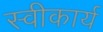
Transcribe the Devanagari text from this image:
स्‍वीकार्य